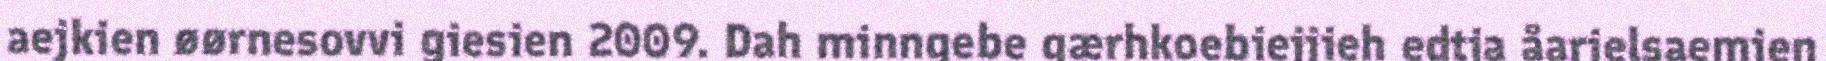
aejkien øørnesovvi giesien 2009. Dah minngebe gærhkoebiejjieh edtja åarjelsaemien